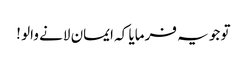
تو جو یہ فرمایا کہ ایمان لانے والو !